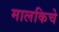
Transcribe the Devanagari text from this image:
मालकिचे